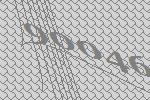
90046